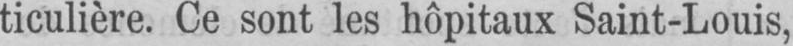
ticulière. Ce sont les hôpitaux Saint-Louis,